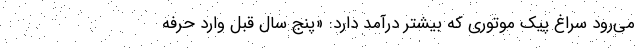
می‌رود سراغ پیک موتوری که بیشتر درآمد دارد: «پنج سال قبل وارد حرفه